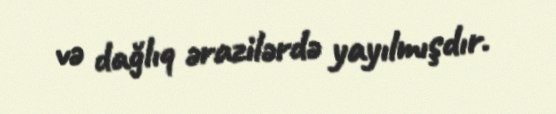
və dağlıq ərazilərdə yayılmışdır.